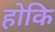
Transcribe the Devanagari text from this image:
होकि